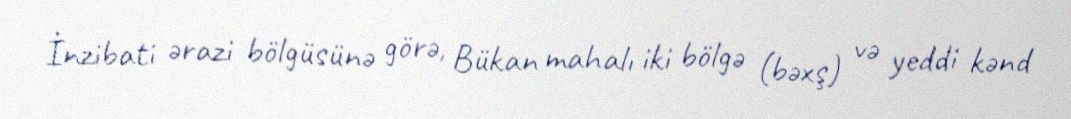
İnzibati ərazi bölgüsünə görə, Bükan mahalı iki bölgə (bəxş) və yeddi kənd